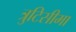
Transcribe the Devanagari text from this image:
त्रुटिसीमा